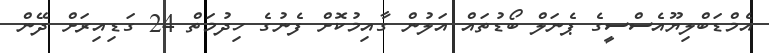
އެމްޑަބްލިޔޫއެސްސީގެ ޕެނަލް ބޯޑުތައް އަލުން ގާއިމުކޮށް ފެނުގެ ހިދުމަތް 24 ގަޑިއިރަށް ދޭން